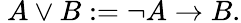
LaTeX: \ A\vee B:=\neg A\rightarrow B.